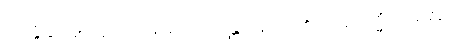
ကျိုးနွံခြင်းရှိကုန်သည်ဖြစ်၍။ ဝိဟရန္တိ၊ နေကုန်၏။ သမာဓိသ္မိံ၊ သမာဓိ၌။